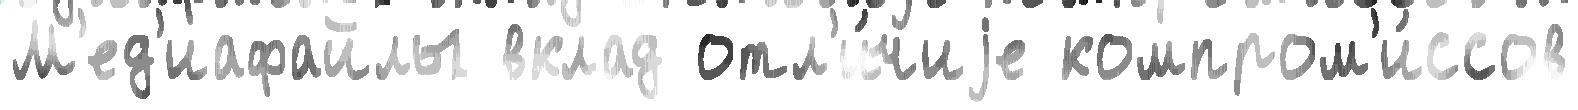
М'ед'иафайлы вклад отл'и́чиjе компром'и́ссов